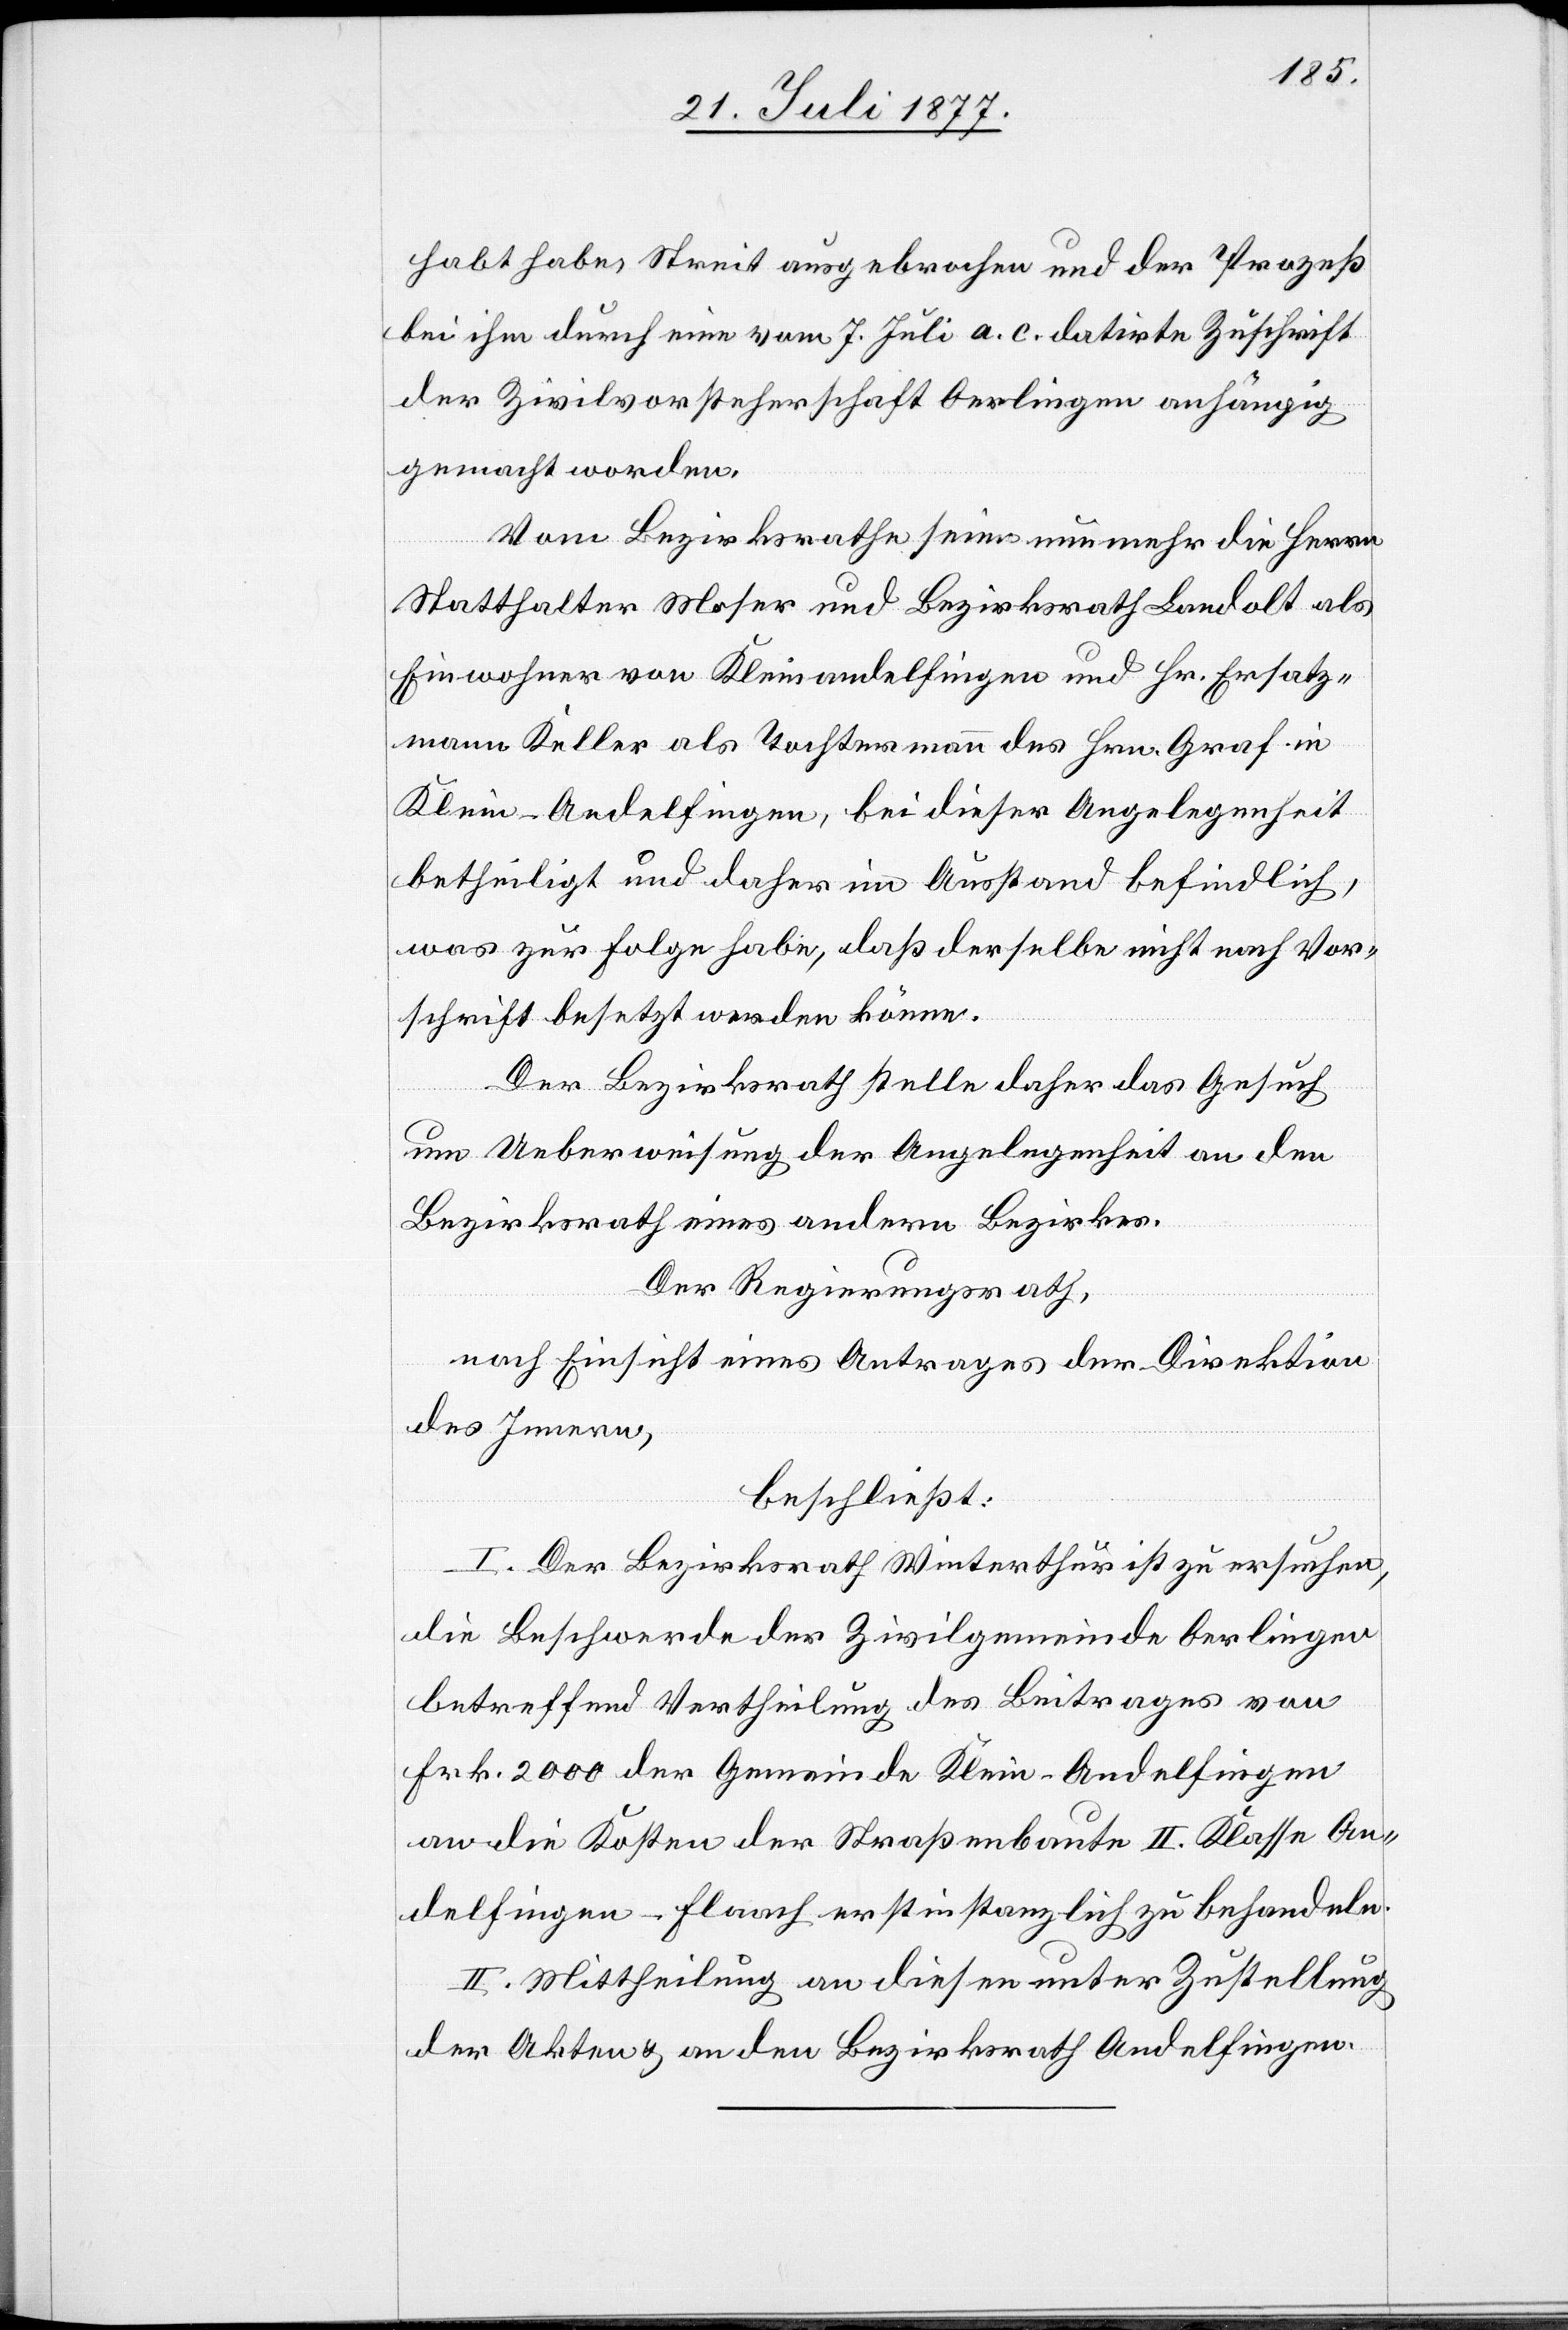
habt habe, Streit ausgebrochen und der Prozeß
bei ihm durch eine vom 7. Juli a. c. datirte Zuschrift
der Zivilvorsteherschaft Oerlingen anhängig
gemacht worden.
Vom Bezirksrathe seien nunmehr die Herrn
Statthalter Moser und Bezirksrath Landolt als
Einwohner von Kleinandelfingen und Hr. Ersatz¬
mann Keller als Tochtermann des Hrn. Graf in
Klein-Andelfingen, bei dieser Angelegenheit
betheiligt und daher im Ausstand befindlich,
was zur Folge habe, daß derselbe nicht nach Vor¬
schrift besetzt werden könne.
Der Bezirksrath stelle daher das Gesuch
um Ueberweisung der Angelegenheit an den
Bezirksrath eines andern Bezirkes.
Der Regierungsrath,
nach Einsicht eines Antrages der Direktion
des Innern,
beschließt:
I. Der Bezirksrath Winterthur ist zu ersuchen,
die Beschwerde der Zivilgemeinde Oerlingen
betreffend Vertheilung des Beitrages von
Frk. 2000 der Gemeinde Klein-Andelfingen
an die Kosten der Straßenbaute II. Klasse An¬
delfingen–Flaach erstinstanzlich zu behandeln.
II. Mittheilung an diesen unter Zustellung
der Akten & an den Bezirksrath Andelfingen.